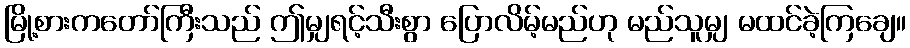
မြို့စားကတော်ကြီးသည် ဤမျှရင့်သီးစွာ ပြောလိမ့်မည်ဟု မည်သူမျှ မထင်ခဲ့ကြချေ။